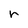
Character: r